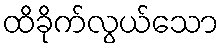
ထိခိုက်လွယ်သော